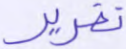
تقرير